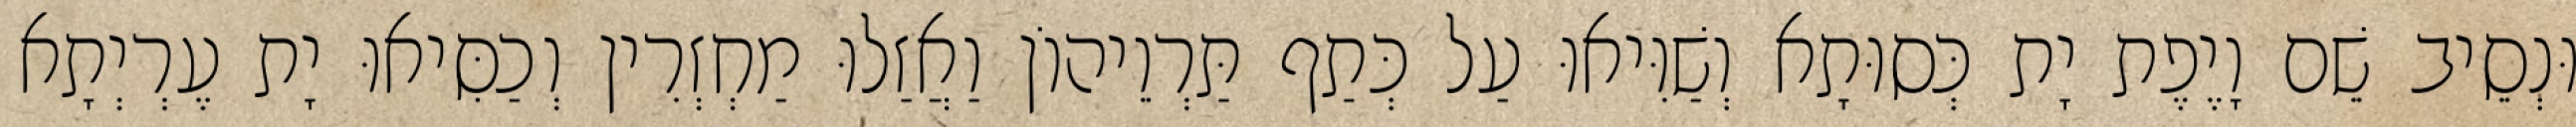
וּנְסֵיב שֵׁם וָיֶפֶת יָת כְּסוּתָא וְשַׁוִּיאוּ עַל כְּתַף תַּרְוֵיהוֹן וַאֲזַלוּ מַחְזְרִין וְכַסִּיאוּ יָת עֶרְיְתָא